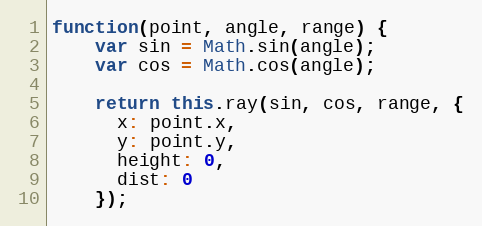
Language: JavaScript
function(point, angle, range) {
    var sin = Math.sin(angle);
    var cos = Math.cos(angle);

    return this.ray(sin, cos, range, {
      x: point.x,
      y: point.y,
      height: 0,
      dist: 0
    });